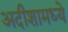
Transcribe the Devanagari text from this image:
अदीशामध्ये